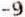
-9